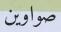
صواوين